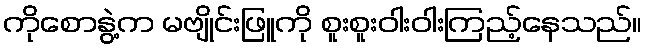
ကိုစောနွဲ့က မဗျိုင်းဖြူကို စူးစူးဝါးဝါးကြည့်နေသည်။